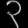
Digit: ၃